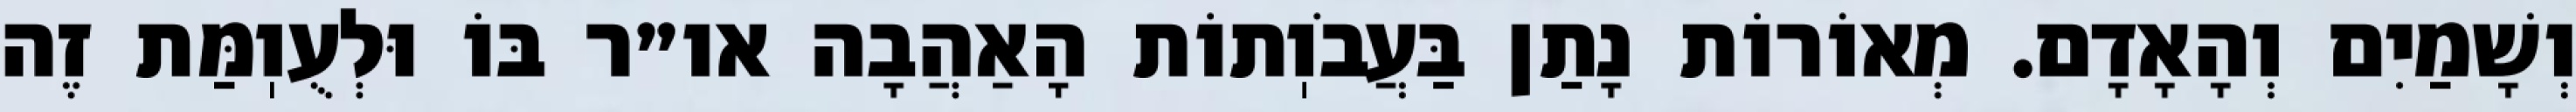
וְשָׁמַיִם וְהָאָדָם. מְאוֹרוֹת נָתַן בַּעֲבֹוֽתוֹת הָאַהֲבָה או״ר בּוֹ וּלְעֻוֽמַּת זֶה